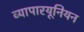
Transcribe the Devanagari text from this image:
व्यापारयूनियन